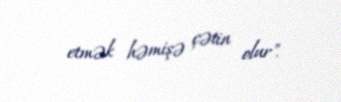
etmək həmişə çətin olur".